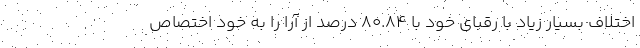
اختلاف بسیار زیاد با رقبای خود با ۸۰.۸۴ درصد از آرا را به خود اختصاص